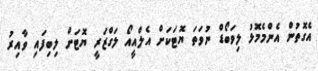
އެގޮތުން އެންމެމޮޅު ލިވަބޯޑް ނުވަތަ ޔޮޓަކަށް އެލްއީއޯ ލަގްޒަރީ ޔޮޓަށް ލިބިފައި ވާއިރު